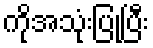
ကိုအသုံးပြုပြီး